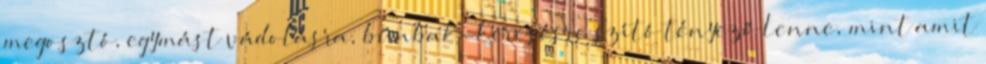
megosztó, egymást vádolásra, bűnbak-keresésre szító tényező lenne, mint amit